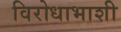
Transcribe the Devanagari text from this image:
विरोधाभाशी